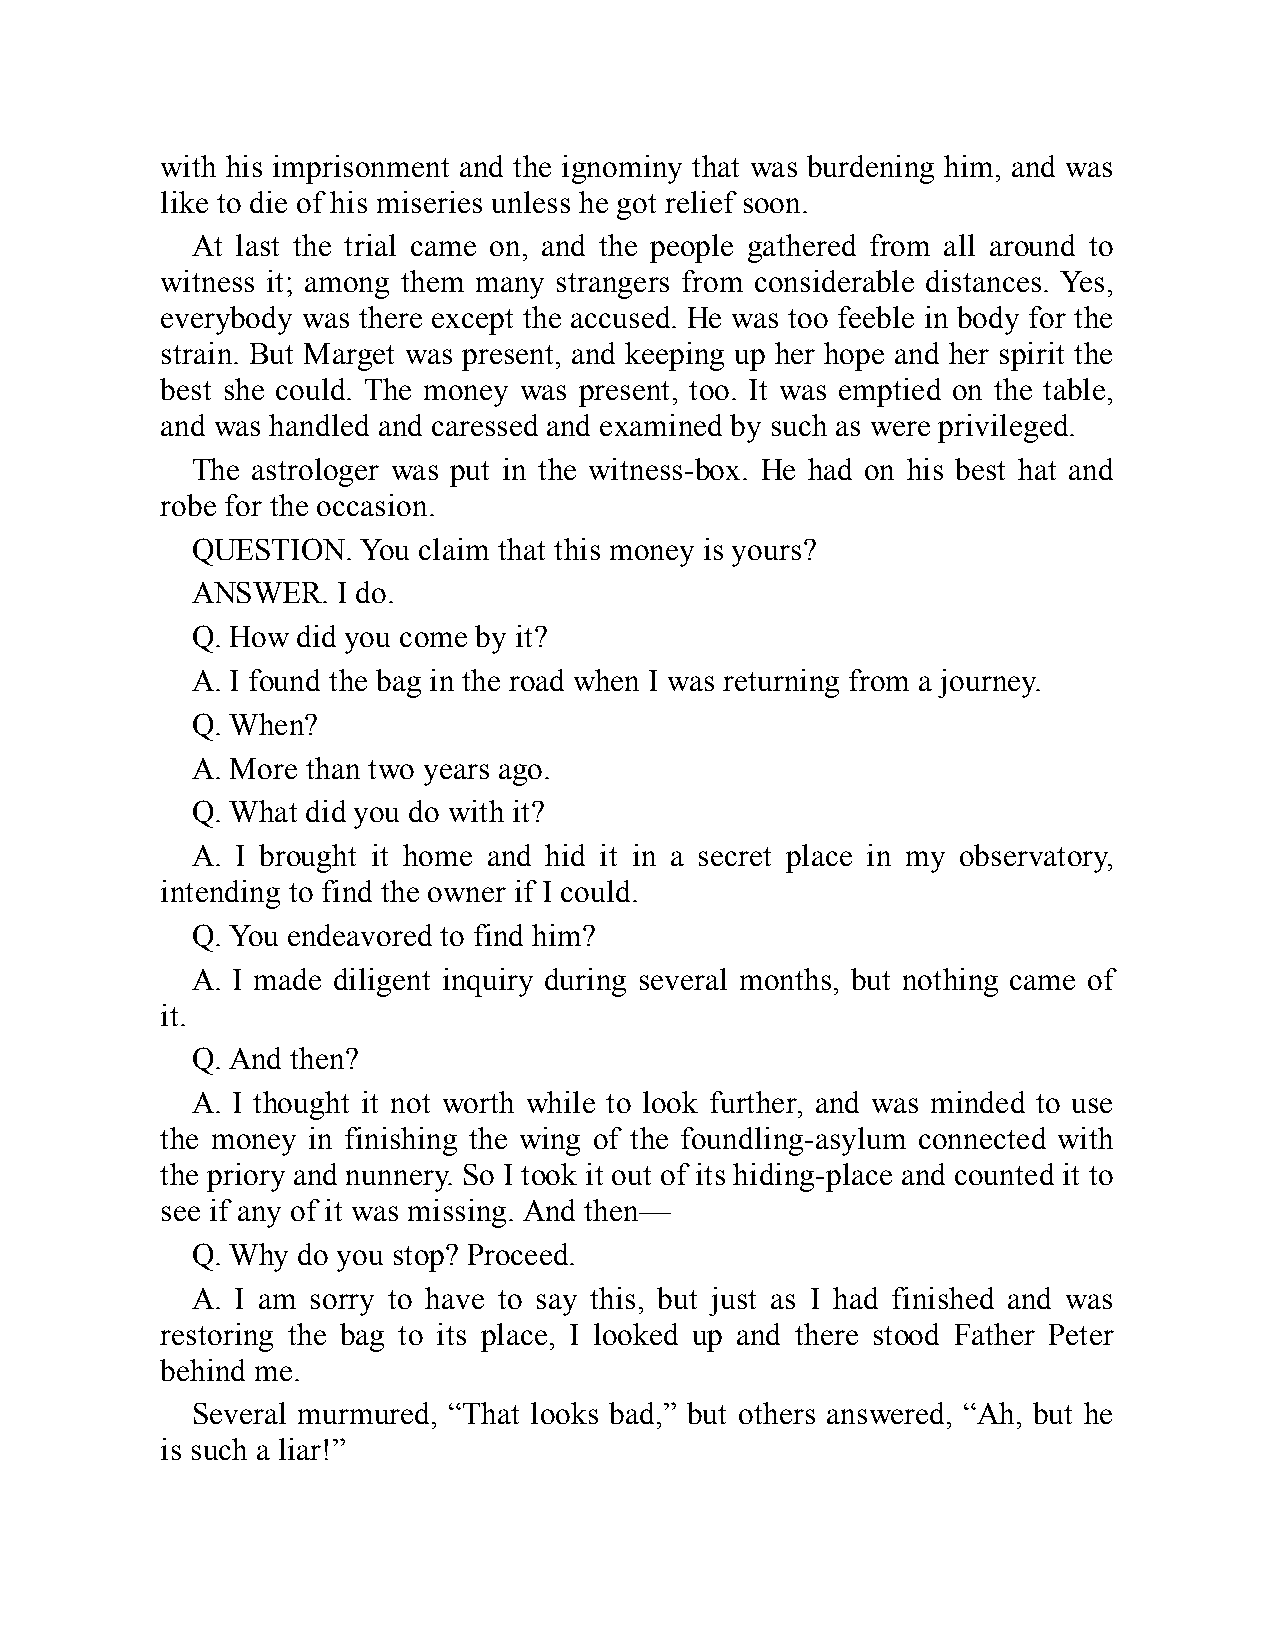
with his imprisonment and the ignominy that was burdening him, and was
 like to die of his miseries unless he got relief soon.
 At last the trial came on, and the people gathered from all around to
 witness it; among them many strangers from considerable distances. Yes,
 everybody was there except the accused. He was too feeble in body for the
 strain. But Marget was present, and keeping up her hope and her spirit the
 best she could. The money was present, too. It was emptied on the table,
 and was handled and caressed and examined by such as were privileged.
 The astrologer was put in the witness-box. He had on his best hat and
 robe for the occasion.
 QUESTION.  You claim that this money is yours?
 ANSWER.  I do.
 Q. How did you come by it?
 A. I found the bag in the road when I was returning from a journey.
 Q. When?
 A. More than two years ago.
 Q. What did you do with it?
 A. I brought it home and hid it in a secret place in my observatory,
 intending to find the owner if I could.
 Q. You endeavored to find him?
 A. I made diligent inquiry during several months, but nothing came of
 it.
 Q. And then?
 A. I thought it not worth while to look further, and was minded to use
 the money in finishing the wing of the foundling-asylum connected with
 the priory and nunnery. So I took it out of its hiding-place and counted it to
 see if any of it was missing. And then—
 Q. Why do you stop? Proceed.
 A. I am sorry to have to say this, but just as I had finished and was
 restoring the bag to its place, I looked up and there stood Father Peter
 behind me.
 Several murmured, “That looks bad,” but others answered, “Ah, but he
 is such a liar!”